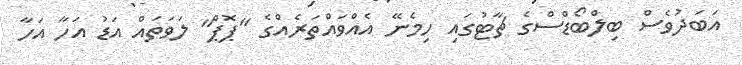
އަބަދުވެސް ބިލްބޯޑްސްގެ ޗާޓުގައި ހިމެނޭ އެއްވައްތަރެއްގެ "ޕޮޕް" ލަވަތައް އަޑު އަހާ އަހާ